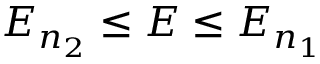
E _ { n _ { 2 } } \leq E \leq E _ { n _ { 1 } }